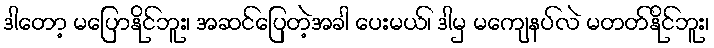
ဒါတော့ မပြောနိုင်ဘူး၊ အဆင်ပြေတဲ့အခါ ပေးမယ်၊ ဒါမှ မကျေနပ်လဲ မတတ်နိုင်ဘူး၊